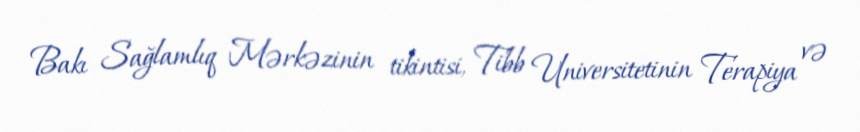
Bakı Sağlamlıq Mərkəzinin tikintisi, Tibb Universitetinin Terapiya və